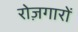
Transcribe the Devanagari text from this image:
रोज़गारों